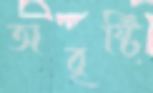
অবৃষ্টি